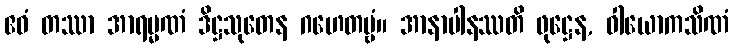
ဧဝံ တဿာ အာရမ္မဏံ ဒိဋ္ဌသုတေန ဂဟေတဗ္ဗံ။ အာနာပါနဿတိ ဖုဋ္ဌေန, ဝါယောကသိဏံ